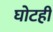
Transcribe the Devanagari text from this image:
घोटही